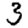
Digit: 3